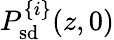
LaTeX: P_{\mathrm{sd}}^{\{ i\} }(z,0)